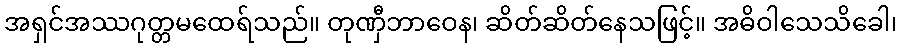
အရှင်အဿဂုတ္တမထေရ်သည်။ တုဏှီဘာဝေန၊ ဆိတ်ဆိတ်နေသဖြင့်။ အဓိဝါသေသိခေါ၊